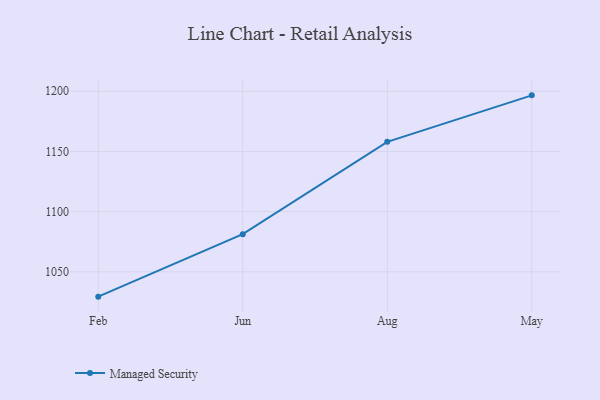
{"axis": {"x": "Month", "y": "Net Income (USD K)"}, "legend": ["Managed Security"], "data": [{"x": "Feb", "y": 1029.3, "type": "Managed Security"}, {"x": "Jun", "y": 1081.2, "type": "Managed Security"}, {"x": "Aug", "y": 1158.0, "type": "Managed Security"}, {"x": "May", "y": 1196.6, "type": "Managed Security"}]}